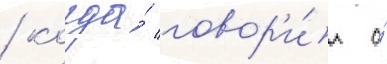
/ когда́ говор'и́л о́